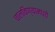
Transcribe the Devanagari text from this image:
चालविण्यामध्ये